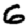
Digit: 6